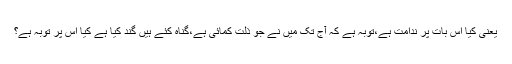
یعنی کیا اس بات پر ندامت ہے،توبہ ہے کہ آج تک میں نے جو ذلت کمائی ہے،گناہ کئے ہیں گند کیا ہے کیا اس پر توبہ ہے؟